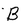
Character: B